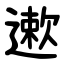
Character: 遬